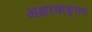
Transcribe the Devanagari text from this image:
अक्षरवाङ्‌मय